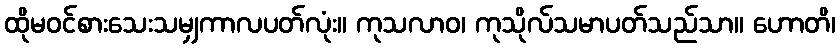
ထိုမဝင်စားသေးသမျှကာလပတ်လုံး။ ကုသလာဝ၊ ကုသိုလ်သမာပတ်သည်သာ။ ဟောတိ၊